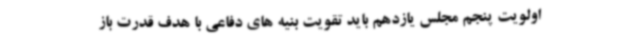
اولویت پنجم مجلس یازدهم باید تقویت بنیه های دفاعی با هدف قدرت باز